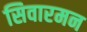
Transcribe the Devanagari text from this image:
सिवारमन